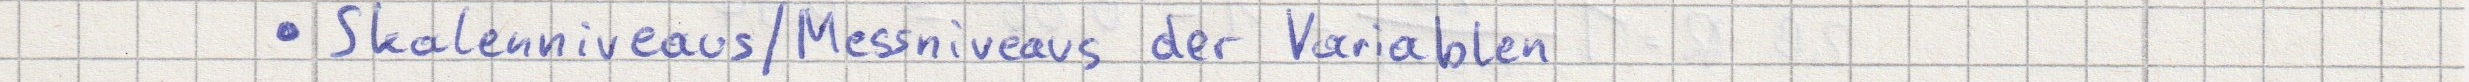
- Skalenniveaus / Messniveaus der Variablen